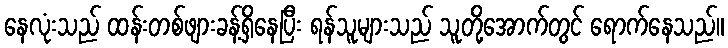
နေလုံးသည် ထန်းတစ်ဖျားခန့်ရှိနေပြီး ရန်သူများသည် သူတို့အောက်တွင် ရောက်နေသည်။